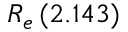
R _ { e } \, ( 2 . 1 4 3 )